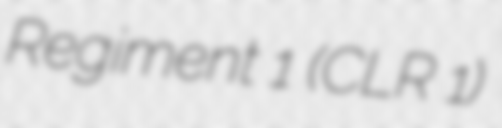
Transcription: Regiment 1 (CLR 1)